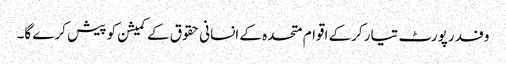
وفد رپورٹ تیار کرکے اقوام متحدہ کے انسانی حقوق کے کمیشن کو پیش کرے گا۔